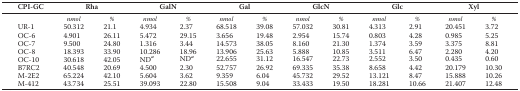
<table><thead><tr><td><b>CPI-GC</b></td><td colspan="2"><b>Rha</b></td><td colspan="2"><b>GalN</b></td><td colspan="2"><b>Gal</b></td><td colspan="2"><b>GlcN</b></td><td colspan="2"><b>Glc</b></td><td colspan="2"><b>Xyl</b></td></tr></thead><tbody><tr><td></td><td><i>nmol</i></td><td>%</td><td><i>nmol</i></td><td>%</td><td><i>nmol</i></td><td>%</td><td><i>nmol</i></td><td>%</td><td><i>nmol</i></td><td>%</td><td><i>nmol</i></td><td>%</td></tr><tr><td>UR-1</td><td>50.312</td><td>21.1</td><td>4.934</td><td>2.37</td><td>68.518</td><td>39.08</td><td>57.032</td><td>30.81</td><td>4.313</td><td>2.91</td><td>20.451</td><td>3.72</td></tr><tr><td>OC-6</td><td>4.901</td><td>26.11</td><td>5.472</td><td>29.15</td><td>3.656</td><td>19.48</td><td>2.954</td><td>15.74</td><td>0.803</td><td>4.28</td><td>0.985</td><td>5.25</td></tr><tr><td>OC-7</td><td>9.500</td><td>24.80</td><td>1.316</td><td>3.44</td><td>14.573</td><td>38.05</td><td>8.160</td><td>21.30</td><td>1.374</td><td>3.59</td><td>3.375</td><td>8.81</td></tr><tr><td>OC-8</td><td>18.393</td><td>33.90</td><td>10.286</td><td>18.96</td><td>13.906</td><td>25.63</td><td>5.888</td><td>10.85</td><td>3.511</td><td>6.47</td><td>2.280</td><td>4.20</td></tr><tr><td>OC-10</td><td>30.618</td><td>42.05</td><td>ND<i><sup>a</sup></i></td><td>ND<i><sup>a</sup></i></td><td>22.655</td><td>31.12</td><td>16.547</td><td>22.73</td><td>2.552</td><td>3.50</td><td>0.435</td><td>0.60</td></tr><tr><td>B7RC2</td><td>40.548</td><td>20.69</td><td>4.500</td><td>2.30</td><td>52.757</td><td>26.92</td><td>69.335</td><td>35.38</td><td>8.658</td><td>4.42</td><td>20.179</td><td>10.30</td></tr><tr><td>M-2E2</td><td>65.224</td><td>42.10</td><td>5.604</td><td>3.62</td><td>9.359</td><td>6.04</td><td>45.732</td><td>29.52</td><td>13.121</td><td>8.47</td><td>15.888</td><td>10.26</td></tr><tr><td>M-412</td><td>43.734</td><td>25.51</td><td>39.093</td><td>22.80</td><td>15.508</td><td>9.04</td><td>33.433</td><td>19.50</td><td>18.281</td><td>10.66</td><td>21.407</td><td>12.48</td></tr></tbody></table>